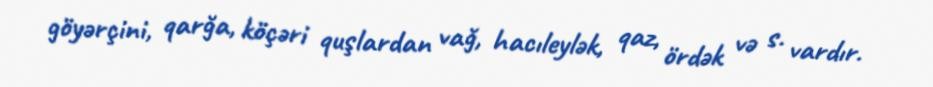
göyərçini, qarğa, köçəri quşlardan vağ, hacıleylək, qaz, ördək və s. vardır.